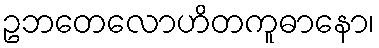
ဥဘတေလောဟိတကူဓာနော၊